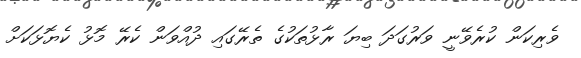
ވެރިކަން ކުރެވޭނީ ވަރުގަދަ ބިޔަ ރާޅުތަކުގެ ތެރޭގައި ދުއްވަން ކެރޭ މޮޅު ކެޔޮޅަކަށް